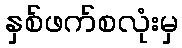
နှစ်ဖက်စလုံးမှ